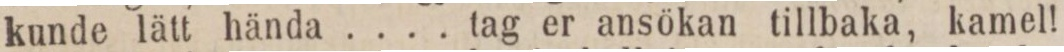
kunde lätt hända .... tag er ansökan tillbaka, kamel!